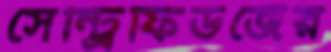
সেন্ট্রিফিউজের